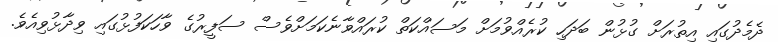
ދެމެދުގައި އިތުރަށް ގުޅުން ބަދަހި ކުރެއްވުމަށް މަސައްކަތް ކުރައްވާނެކަމަށްވެސް ސަފީރުގެ ވާހަކަފުޅުގައި ވިދާޅުވިއެވެ.